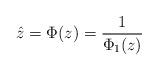
LaTeX: \begin{align*}\hat z=\Phi(z)=\frac{1}{\Phi_1(z)}\end{align*}